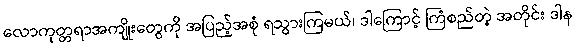
လောကုတ္တရာအကျိုးတွေကို အပြည့်အစုံ ရသွားကြမယ်၊ ဒါကြောင့် ကြံစည်တဲ့ အတိုင်း ဒါန